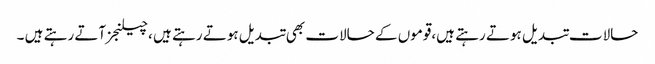
حالات تبدیل ہوتے رہتے ہیں،قوموں کے حالات بھی تبدیل ہوتے رہتے ہیں ،چیلنجز آتے رہتے ہیں ۔